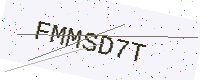
Text: FMMSD7T